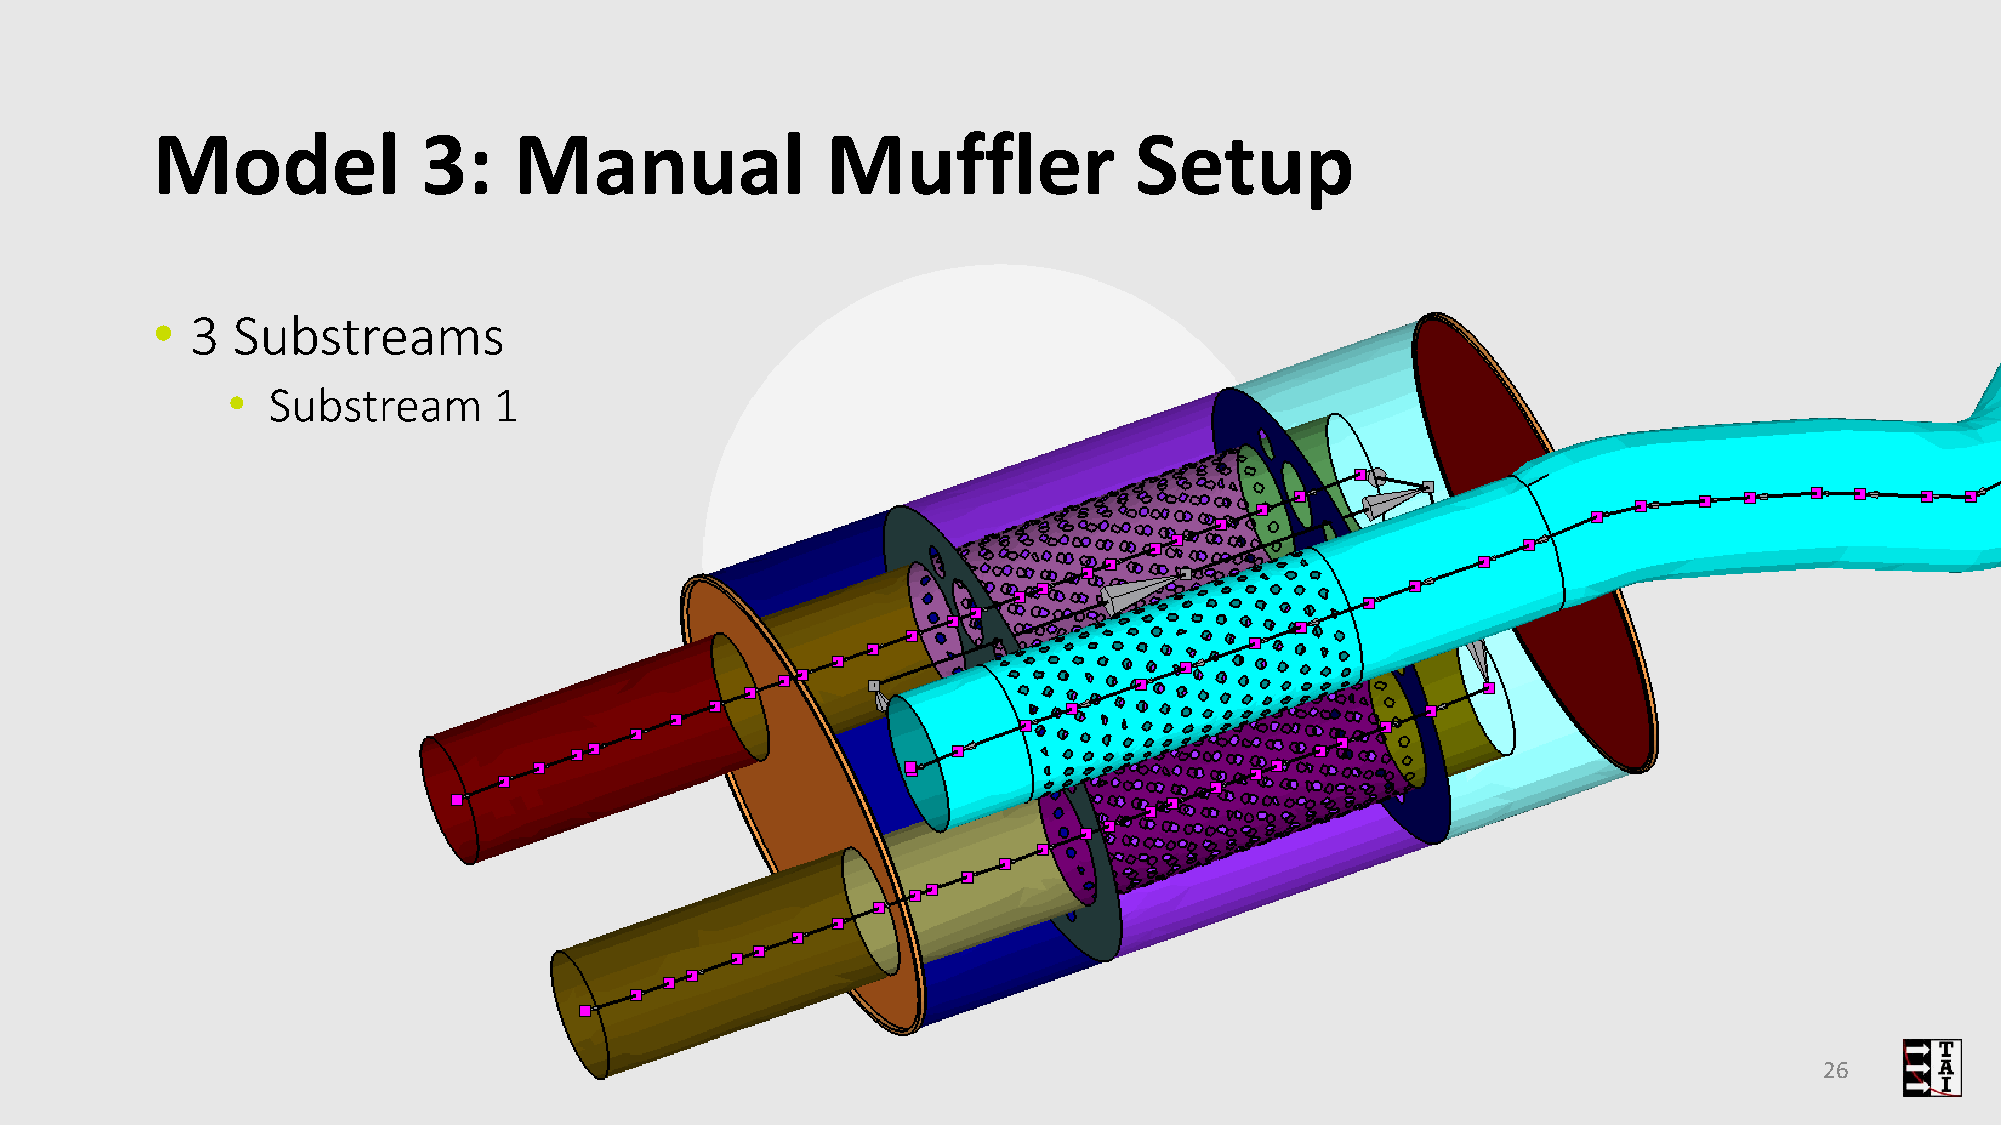
Model             3:    Manual               Muffler             Setup
 •  3 Substreams
 •  Substream      1
 26